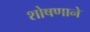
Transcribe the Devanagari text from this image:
शोषणाने